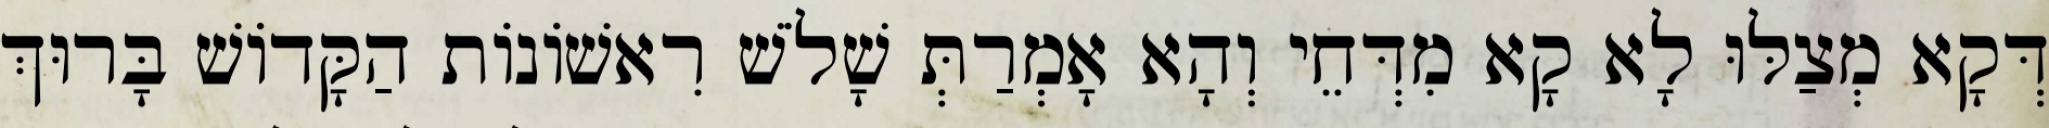
דְּקָא מְצַלּוּ לָא קָא מִדְּחֵי וְהָא אָמְרַתְּ שָׁלֹשׁ רִאשׁוֹנוֹת הַקָּדוֹשׁ בָּרוּךְ